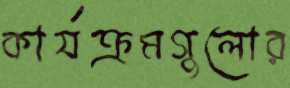
কার্যক্রমগুলোর